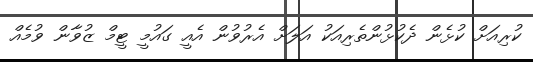
ކުރިއަށް ކުޅެން ދެކުޅުންތެރިއަކު އަލަށް އެރުވުން އެއީ ގައުމީ ޓީމް ޒުވާން ވުމެއް